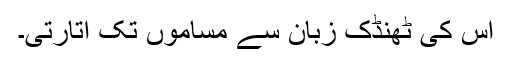
اس کی ٹھنڈک زبان سے مساموں تک اتارتی۔